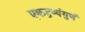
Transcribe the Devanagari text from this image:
एकद्रव्यंगुणं